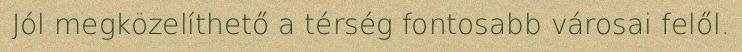
Jól megközelíthető a térség fontosabb városai felől.